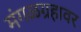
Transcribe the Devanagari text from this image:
मंगळग्रहावर